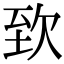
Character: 𣢶